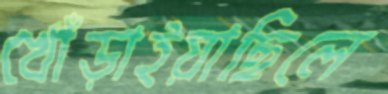
খোঁড়াইয়াছিলে